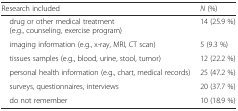
<table><thead><tr><td><b>Research included</b></td><td><b><i>N</i> (%)</b></td></tr></thead><tbody><tr><td> drug or other medical treatment (e.g., counseling, exercise program)</td><td>14 (25.9 %)</td></tr><tr><td> imaging information (e.g., x-ray, MRI, CT scan)</td><td>5 (9.3 %)</td></tr><tr><td> tissues samples (e.g., blood, urine, stool, tumor)</td><td>12 (22.2 %)</td></tr><tr><td> personal health information (e.g., chart, medical records)</td><td>25 (47.2 %)</td></tr><tr><td> surveys, questionnaires, interviews</td><td>20 (37.7 %)</td></tr><tr><td> do not remember</td><td>10 (18.9 %)</td></tr></tbody></table>